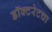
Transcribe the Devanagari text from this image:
डॉक्टरेटचा